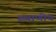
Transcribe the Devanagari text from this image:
स्थाणीय